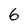
Character: 6